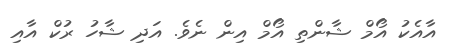
އާއެކު އޯމް ޝާންތި އޯމް އިން ނެވެ. އަދި ޝާހު ރުކް އާއި